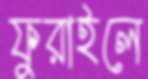
ফুরাইলে